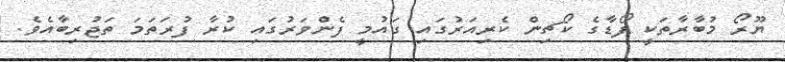
ޔޫރޯ މުބާރާތަކީ ފޯޑާގެ ކޯޗިން ކެރިއަރުގައި ގައުމީ ފެންވަރުގައި ކުރާ ފުރަތަމަ ތަޖުރިބާއެވެ.